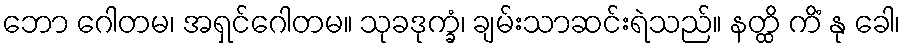
ဘော ဂေါတမ၊ အရှင်ဂေါတမ။ သုခဒုက္ခံ၊ ချမ်းသာဆင်းရဲသည်။ နတ္ထိ ကိံ နု ခေါ၊